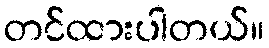
တင်ထားပါတယ်။